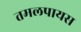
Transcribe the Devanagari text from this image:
तमलपायस